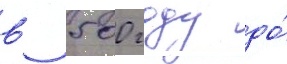
в 500 году до́